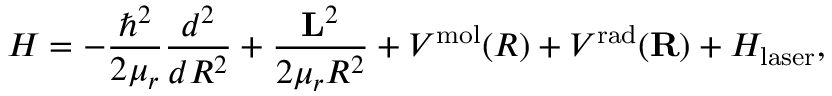
H = - \frac { \hbar ^ { 2 } } { 2 \mu _ { r } } \frac { d ^ { 2 } } { d R ^ { 2 } } + \frac { { \bf L } ^ { 2 } } { 2 \mu _ { r } R ^ { 2 } } + V ^ { \mathrm { m o l } } ( R ) + V ^ { \mathrm { r a d } } ( { \bf R } ) + H _ { \mathrm { l a s e r } } ,